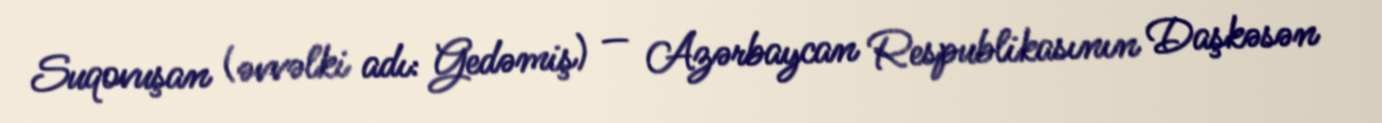
Suqovuşan (əvvəlki adı: Gedəmiş) — Azərbaycan Respublikasının Daşkəsən